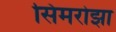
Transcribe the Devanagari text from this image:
सिमरोझा